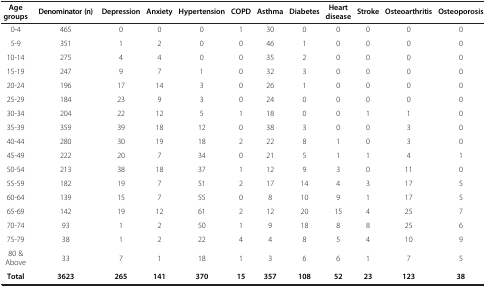
<table><thead><tr><td><b>Age groups</b></td><td><b>Denominator (n)</b></td><td><b>Depression</b></td><td><b>Anxiety</b></td><td><b>Hypertension</b></td><td><b>COPD</b></td><td><b>Asthma</b></td><td><b>Diabetes</b></td><td><b>Heart disease</b></td><td><b>Stroke</b></td><td><b>Osteoarthritis</b></td><td><b>Osteoporosis</b></td></tr></thead><tbody><tr><td>0-4</td><td>465</td><td>0</td><td>0</td><td>0</td><td>1</td><td>30</td><td>0</td><td>0</td><td>0</td><td>0</td><td>0</td></tr><tr><td>5-9</td><td>351</td><td>1</td><td>2</td><td>0</td><td>0</td><td>46</td><td>1</td><td>0</td><td>0</td><td>0</td><td>0</td></tr><tr><td>10-14</td><td>275</td><td>4</td><td>4</td><td>0</td><td>0</td><td>35</td><td>2</td><td>0</td><td>0</td><td>0</td><td>0</td></tr><tr><td>15-19</td><td>247</td><td>9</td><td>7</td><td>1</td><td>0</td><td>32</td><td>3</td><td>0</td><td>0</td><td>0</td><td>0</td></tr><tr><td>20-24</td><td>196</td><td>17</td><td>14</td><td>3</td><td>0</td><td>26</td><td>1</td><td>0</td><td>0</td><td>0</td><td>0</td></tr><tr><td>25-29</td><td>184</td><td>23</td><td>9</td><td>3</td><td>0</td><td>24</td><td>0</td><td>0</td><td>0</td><td>0</td><td>0</td></tr><tr><td>30-34</td><td>204</td><td>22</td><td>12</td><td>5</td><td>1</td><td>18</td><td>0</td><td>0</td><td>1</td><td>1</td><td>0</td></tr><tr><td>35-39</td><td>359</td><td>39</td><td>18</td><td>12</td><td>0</td><td>38</td><td>3</td><td>0</td><td>0</td><td>3</td><td>0</td></tr><tr><td>40-44</td><td>280</td><td>30</td><td>19</td><td>18</td><td>2</td><td>22</td><td>8</td><td>1</td><td>0</td><td>3</td><td>0</td></tr><tr><td>45-49</td><td>222</td><td>20</td><td>7</td><td>34</td><td>0</td><td>21</td><td>5</td><td>1</td><td>1</td><td>4</td><td>1</td></tr><tr><td>50-54</td><td>213</td><td>38</td><td>18</td><td>37</td><td>1</td><td>12</td><td>9</td><td>3</td><td>0</td><td>11</td><td>0</td></tr><tr><td>55-59</td><td>182</td><td>19</td><td>7</td><td>51</td><td>2</td><td>17</td><td>14</td><td>4</td><td>3</td><td>17</td><td>5</td></tr><tr><td>60-64</td><td>139</td><td>15</td><td>7</td><td>55</td><td>0</td><td>8</td><td>10</td><td>9</td><td>1</td><td>17</td><td>5</td></tr><tr><td>65-69</td><td>142</td><td>19</td><td>12</td><td>61</td><td>2</td><td>12</td><td>20</td><td>15</td><td>4</td><td>25</td><td>7</td></tr><tr><td>70-74</td><td>93</td><td>1</td><td>2</td><td>50</td><td>1</td><td>9</td><td>18</td><td>8</td><td>8</td><td>25</td><td>6</td></tr><tr><td>75-79</td><td>38</td><td>1</td><td>2</td><td>22</td><td>4</td><td>4</td><td>8</td><td>5</td><td>4</td><td>10</td><td>9</td></tr><tr><td>80 &amp; Above</td><td>33</td><td>7</td><td>1</td><td>18</td><td>1</td><td>3</td><td>6</td><td>6</td><td>1</td><td>7</td><td>5</td></tr><tr><td><b>Total</b></td><td><b>3623</b></td><td><b>265</b></td><td><b>141</b></td><td><b>370</b></td><td><b>15</b></td><td><b>357</b></td><td><b>108</b></td><td><b>52</b></td><td><b>23</b></td><td><b>123</b></td><td><b>38</b></td></tr></tbody></table>